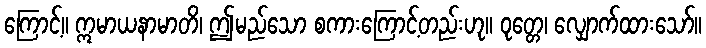
ကြောင့်။ ဣမာယနာမာတိ၊ ဤမည်သော စကားကြောင့်တည်းဟု။ ဝုတ္တေ၊ လျှောက်ထားသော်။